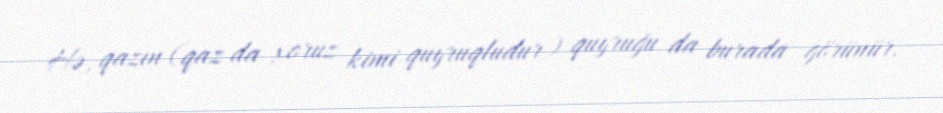
Hə, qazın (qaz da xoruz kimi quyruqludur) quyruğu da burada görünür.